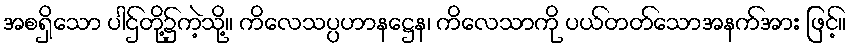
အစရှိသော ပါဌ်တို့၌ကဲ့သို့။ ကိလေသပ္ပဟာနဋ္ဌေန၊ ကိလေသာကို ပယ်တတ်သောအနက်အား ဖြင့်။